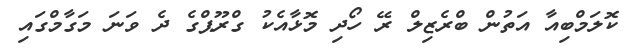
ކޮލަމްބިއާ އަތުން ބްރެޒިލް ރޭ ހޯދި މޮޅާއެކު ގްރޫޕްގެ ދެ ވަނަ މަގާމްގައި